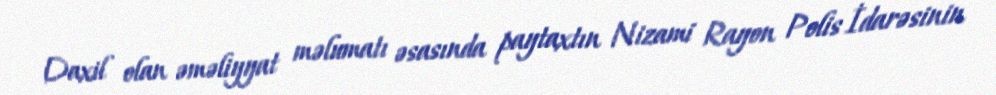
Daxil olan əməliyyat məlumatı əsasında paytaxtın Nizami Rayon Polis İdarəsinin